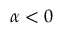
\alpha < 0